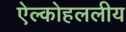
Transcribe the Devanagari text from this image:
ऐल्कोहललीय